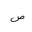
Letter: _sad